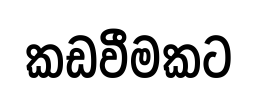
කඩවීමකට